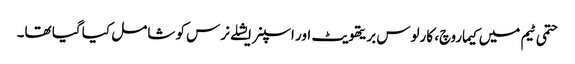
حتمی ٹیم میں کیماروچ، کارلوس بریتھویٹ اور اسپنر ایشلے نرس کو شامل کیا گیا تھا۔